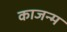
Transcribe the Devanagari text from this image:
काजन्‍म